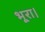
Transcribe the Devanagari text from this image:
भूरा।